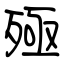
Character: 殛